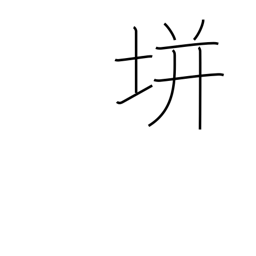
Meaning: used in proper names